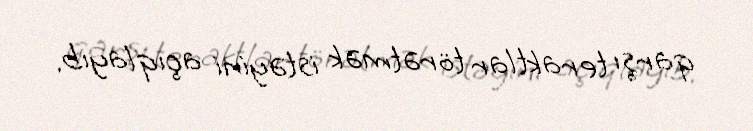
qarşı teraktlar törətmək istəyini açıqlayıb.